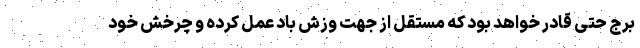
برج حتی قادر خواهد بود که مستقل از جهت وزش باد عمل کرده و چرخش خود